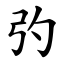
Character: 㢩